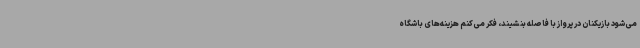
می‌شود بازیکنان در پرواز با فاصله بنشیند، فکر می‌کنم هزینه‌های باشگاه